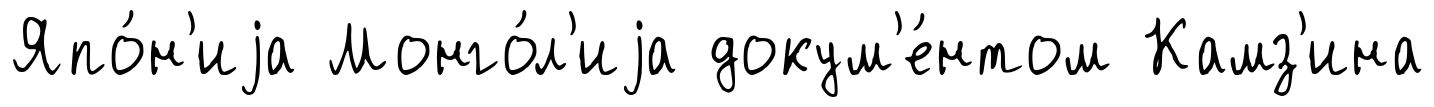
Япо́н'иjа Монго́л'иjа докум'е́нтом Камз'ина